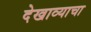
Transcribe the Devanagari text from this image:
देखाव्याचा